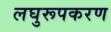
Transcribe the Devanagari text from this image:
लघुरूपकरण